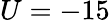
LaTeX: U=-15